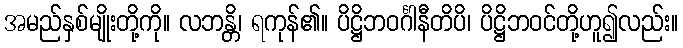
အမည်နှစ်မျိုးတို့ကို။ လဘန္တိ၊ ရကုန်၏။ ပိဋ္ဌိဘဝင်္ဂါနီတိပိ၊ ပိဋ္ဌိဘဝင်တို့ဟူ၍လည်း။